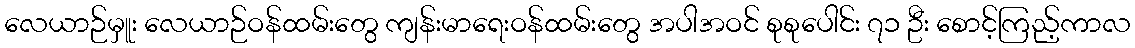
လေယာဉ်မှူး လေယာဉ်ဝန်ထမ်းတွေ ကျန်းမာရေးဝန်ထမ်းတွေ အပါအဝင် စုစုပေါင်း ၇၁ ဦး စောင့်ကြည့်ကာလ